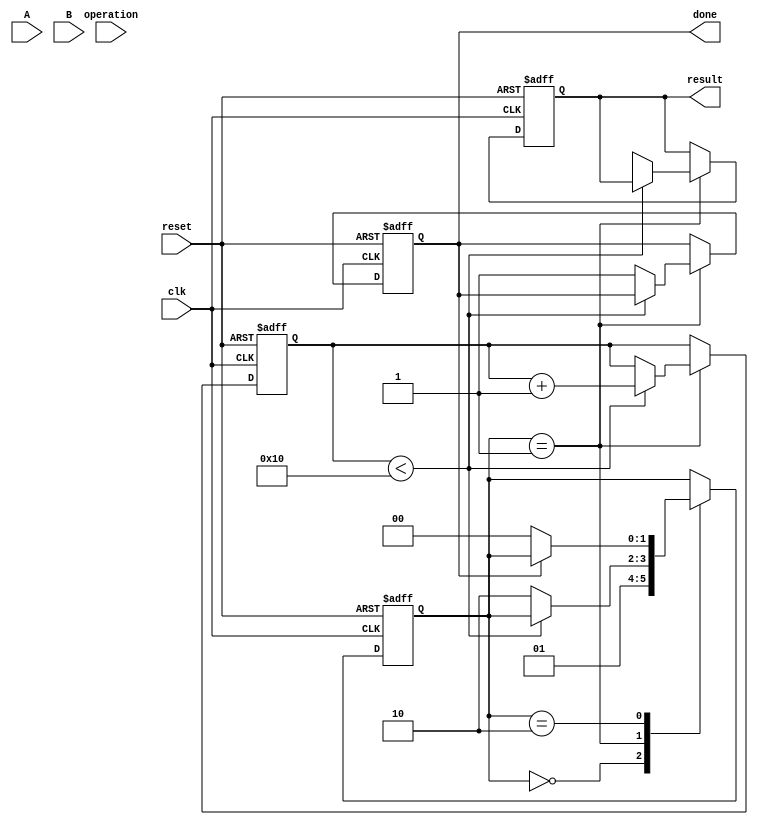
module cordic_fp (
    input wire clk,
    input wire reset,
    input wire [31:0] A, // Floating-point operand A (IEEE 754)
    input wire [31:0] B, // Floating-point operand B (IEEE 754)
    input wire [2:0] operation, // Control signal for operation
    output reg [31:0] result, // Result in floating-point format
    output reg done // Operation completion flag
);

    // CORDIC parameters
    parameter NUM_ITERATIONS = 16; // Number of iterations for CORDIC
    reg [31:0] x [0:NUM_ITERATIONS-1]; // X coordinates
    reg [31:0] y [0:NUM_ITERATIONS-1]; // Y coordinates
    reg [31:0] z [0:NUM_ITERATIONS-1]; // Z angles
    reg [31:0] angle; // Current angle
    reg [31:0] magnitude; // Current magnitude
    reg [3:0] iteration_count; // Iteration counter
    reg [1:0] state; // State machine for operation

    // Pre-computed arctangent values (in radians)
    reg [31:0] atan_table [0:NUM_ITERATIONS-1];

    // Initialize the arctangent table
    initial begin
        atan_table[0] = 32'h3F19999A; // atan(2^-0)
        atan_table[1] = 32'h3E4CCCCD; // atan(2^-1)
        atan_table[2] = 32'h3D5A827A; // atan(2^-2)
        atan_table[3] = 32'h3C8F5C29; // atan(2^-3)
        // ... fill in the rest of the table
    end

    // State machine for operation selection
    always @(posedge clk or posedge reset) begin
        if (reset) begin
            state <= 0;
            done <= 0;
            iteration_count <= 0;
            result <= 32'b0;
        end else begin
            case (state)
                0: begin // Initialization
                    // Load inputs A and B based on the operation
                    // Convert A and B to polar coordinates if necessary
                    // Initialize x, y, z for CORDIC
                    // Set angle and magnitude
                    state <= 1;
                end
                1: begin // CORDIC Iterations
                    if (iteration_count < NUM_ITERATIONS) begin
                        // Perform CORDIC rotation
                        // Update x, y, z based on the algorithm
                        // Example:
                        // if (z < 0) begin
                        //     x[iteration_count] <= x[iteration_count-1] + (y[iteration_count-1] >> iteration_count);
                        //     y[iteration_count] <= y[iteration_count-1] - (x[iteration_count-1] >> iteration_count);
                        //     z[iteration_count] <= z[iteration_count-1] + atan_table[iteration_count];
                        // end else begin
                        //     x[iteration_count] <= x[iteration_count-1] - (y[iteration_count-1] >> iteration_count);
                        //     y[iteration_count] <= y[iteration_count-1] + (x[iteration_count-1] >> iteration_count);
                        //     z[iteration_count] <= z[iteration_count-1] - atan_table[iteration_count];
                        // end
                        iteration_count <= iteration_count + 1;
                    end else begin
                        // Finalize result
                        // Convert x and y back to floating-point format
                        // Apply scaling factor
                        result <= {1'b0, magnitude}; // Example: just output magnitude
                        done <= 1;
                        state <= 2;
                    end
                end
                2: begin // Done state
                    // Wait for the next operation
                    if (!done) begin
                        state <= 0; // Go back to initialization
                    end
                end
            endcase
        end
    end

endmodule